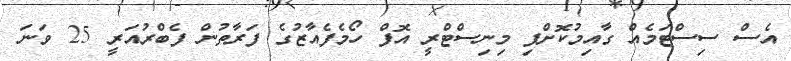
އެސް ސިސްޓަމެއް ގާއިމުކޮށްފި މިނިސްޓްރީ އޮފް ހޯމެފެއާޒުގެ ފަރާތުން ފެބްރުއަރީ 25 ވަނަ